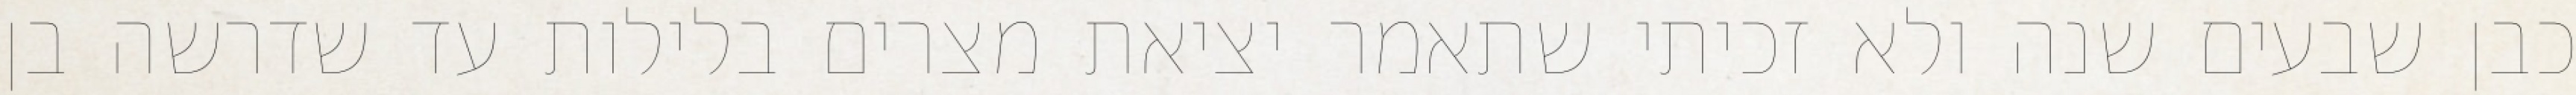
כבן שבעים שנה ולא זכיתי שתאמר יציאת מצרים בלילות עד שדרשה בן